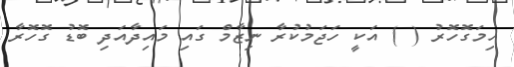
ހިމަގޮހޮރު ( ) އަކީ ހަޖަމުކުރާ ނިޒާމް ގައި މައިދާއަދި ބޮޑު ގޮހޮރާ